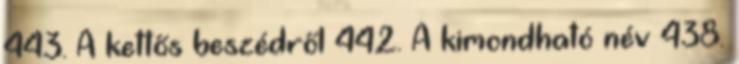
443. A kettős beszédről 442. A kimondható név 438.